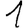
Digit: 1